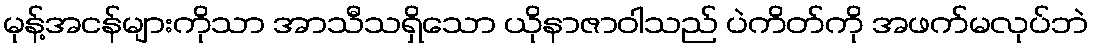
မုန့်အငန်များကိုသာ အာသီသရှိသော ယိုနာဇာဝါသည် ပဲကိတ်ကို အဖက်မလုပ်ဘဲ